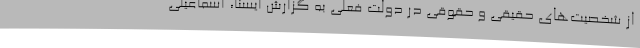
از شخصیت‌های حقیقی و حقوقی در دولت فعلی به گزارش ایسنا، اسماعیلی